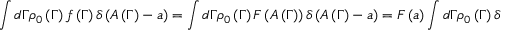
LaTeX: \int d \Gamma \rho _ { 0 } \left( \Gamma \right) f \left( \Gamma \right) \delta \left( A \left( \Gamma \right) - a \right) = \int d \Gamma \rho _ { 0 } \left( \Gamma \right) F \left( A \left( \Gamma \right) \right) \delta \left( A \left( \Gamma \right) - a \right) = F \left( a \right) \int d \Gamma \rho _ { 0 } \left( \Gamma \right) \delta \left( A \left( \Gamma \right) - a \right) .